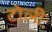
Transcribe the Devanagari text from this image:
टोलीः